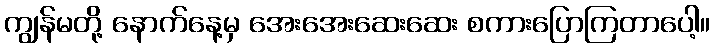
ကျွန်မတို့ နောက်နေ့မှ အေးအေးဆေးဆေး စကားပြောကြတာပေါ့။